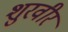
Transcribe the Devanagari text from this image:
शुरवीर